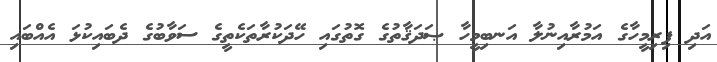
އަދި ފިރިމީހާގެ އަމުރާއިނުލާ އަނބިމީހާ ޞަދަޤާތުގެ ގޮތުގައި ހޭދަކުރާތަކެތީގެ ސަވާބުގެ ދެބައިކުޅަ އެއްބައި